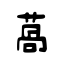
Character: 萵